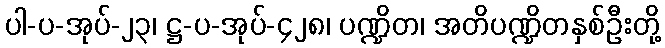
ပါ-ပ-အုပ်-၂၃၊ ဋ္ဌ-ပ-အုပ်-၄၂၈၊ ပဏ္ဍိတ၊ အတိပဏ္ဍိတနှစ်ဦးတို့